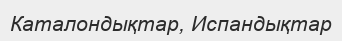
Каталондықтар, Испандықтар